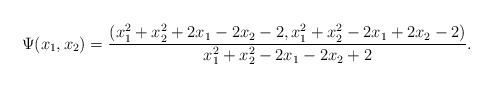
\begin{align*}\Psi(x_1, x_2) =\frac{(x_1^2 + x_2^2 +2x_1 - 2x_2 -2, x_1^2 + x_2^2 - 2x_1 + 2x_2 -2)}{x_1^2 + x_2^2 - 2x_1 - 2x_2 + 2}.\end{align*}